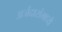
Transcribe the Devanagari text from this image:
अर्जदारांमध्ये